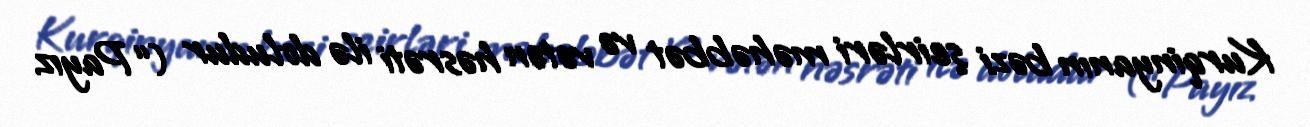
Kurqinyanın bəzi şeirləri məhəbbət və vətən həsrəti ilə doludur (“Payız